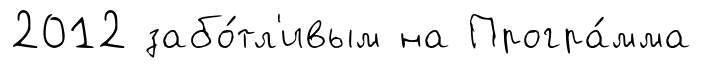
2012 забо́тл'ивым на Програ́мма